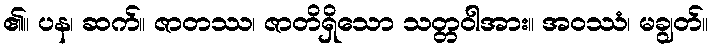
၏။ ပန၊ ဆက်။ ဇာတဿ၊ ဇာတိရှိသော သတ္တဝါအား။ အဝဿံ၊ မချွတ်။